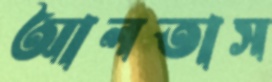
আলতাস